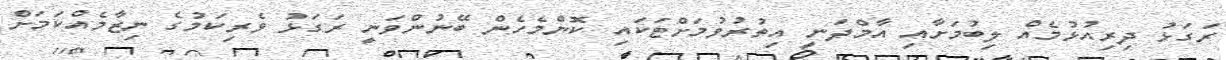
ރަގަޅު ދިރިއުޅުމެއް ލިބުމަށާއި އާމްދަނީ އިތުރުވުމަށްޓަކައި ކޮންމެހެން ބޭނުންވަނީ ރަގަޅު ވެރިކަމުގެ ނިޒާމެއްކަމަށް